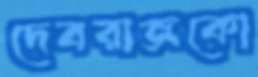
দেবরাজকো